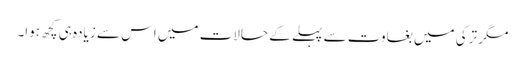
مگر ترکی میں بغاوت سے پہلے کے حالات میں اس سے زیادہ ہی کچھ ہوا۔